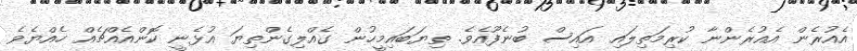
އެއުރެން އެއުރެންނާ ކުރިމަތިލައި އައިސް ބުނެފޫއެވެ. ތިޔަބައިމީހުން ގެއްލިގެންތިޔަ އުޅެނީ ކޮންއެއްޗެއް ހެއްޔެވެ